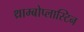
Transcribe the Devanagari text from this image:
थ्राम्बोप्लास्टिन